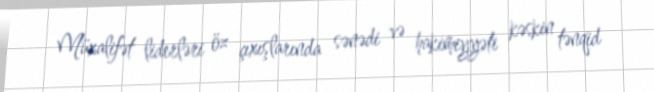
Müxalifət liderləri öz çıxışlarında sənədi və hakimiyyəti kəskin tənqid